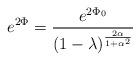
LaTeX: \begin{align*}e^{2\Phi} = {e^{2\Phi_{0}}\over (1 - \lambda)^{2\alpha\over1 +\alpha^{2}}}\end{align*}